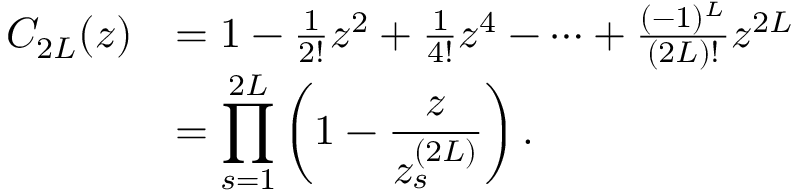
\begin{array} { r l } { C _ { 2 { \cal L } } ( z ) } & { = 1 - \frac { 1 } { 2 ! } z ^ { 2 } + \frac { 1 } { 4 ! } z ^ { 4 } - \cdots + \frac { ( - 1 ) ^ { \cal L } } { ( 2 { \cal L } ) ! } z ^ { 2 { \cal L } } } \\ & { = \displaystyle \prod _ { s = 1 } ^ { 2 { \cal L } } \left( 1 - \frac { z } { z _ { s } ^ { ( 2 { \cal L } ) } } \right) . } \end{array}